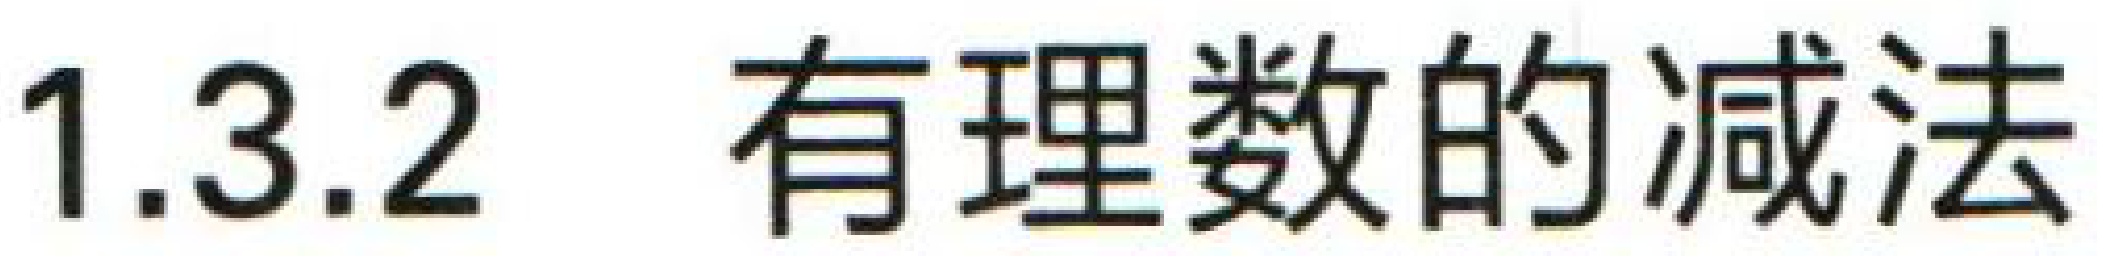
1.3.2 有理数的减法